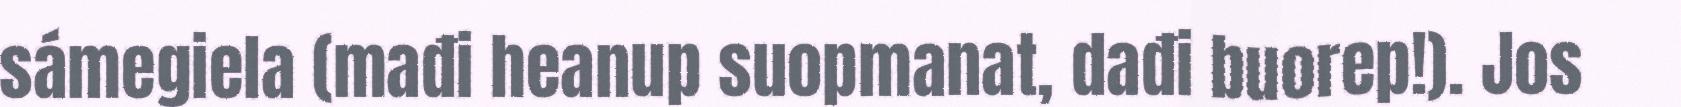
sámegiela (mađi heanup suopmanat, dađi buorep!). Jos